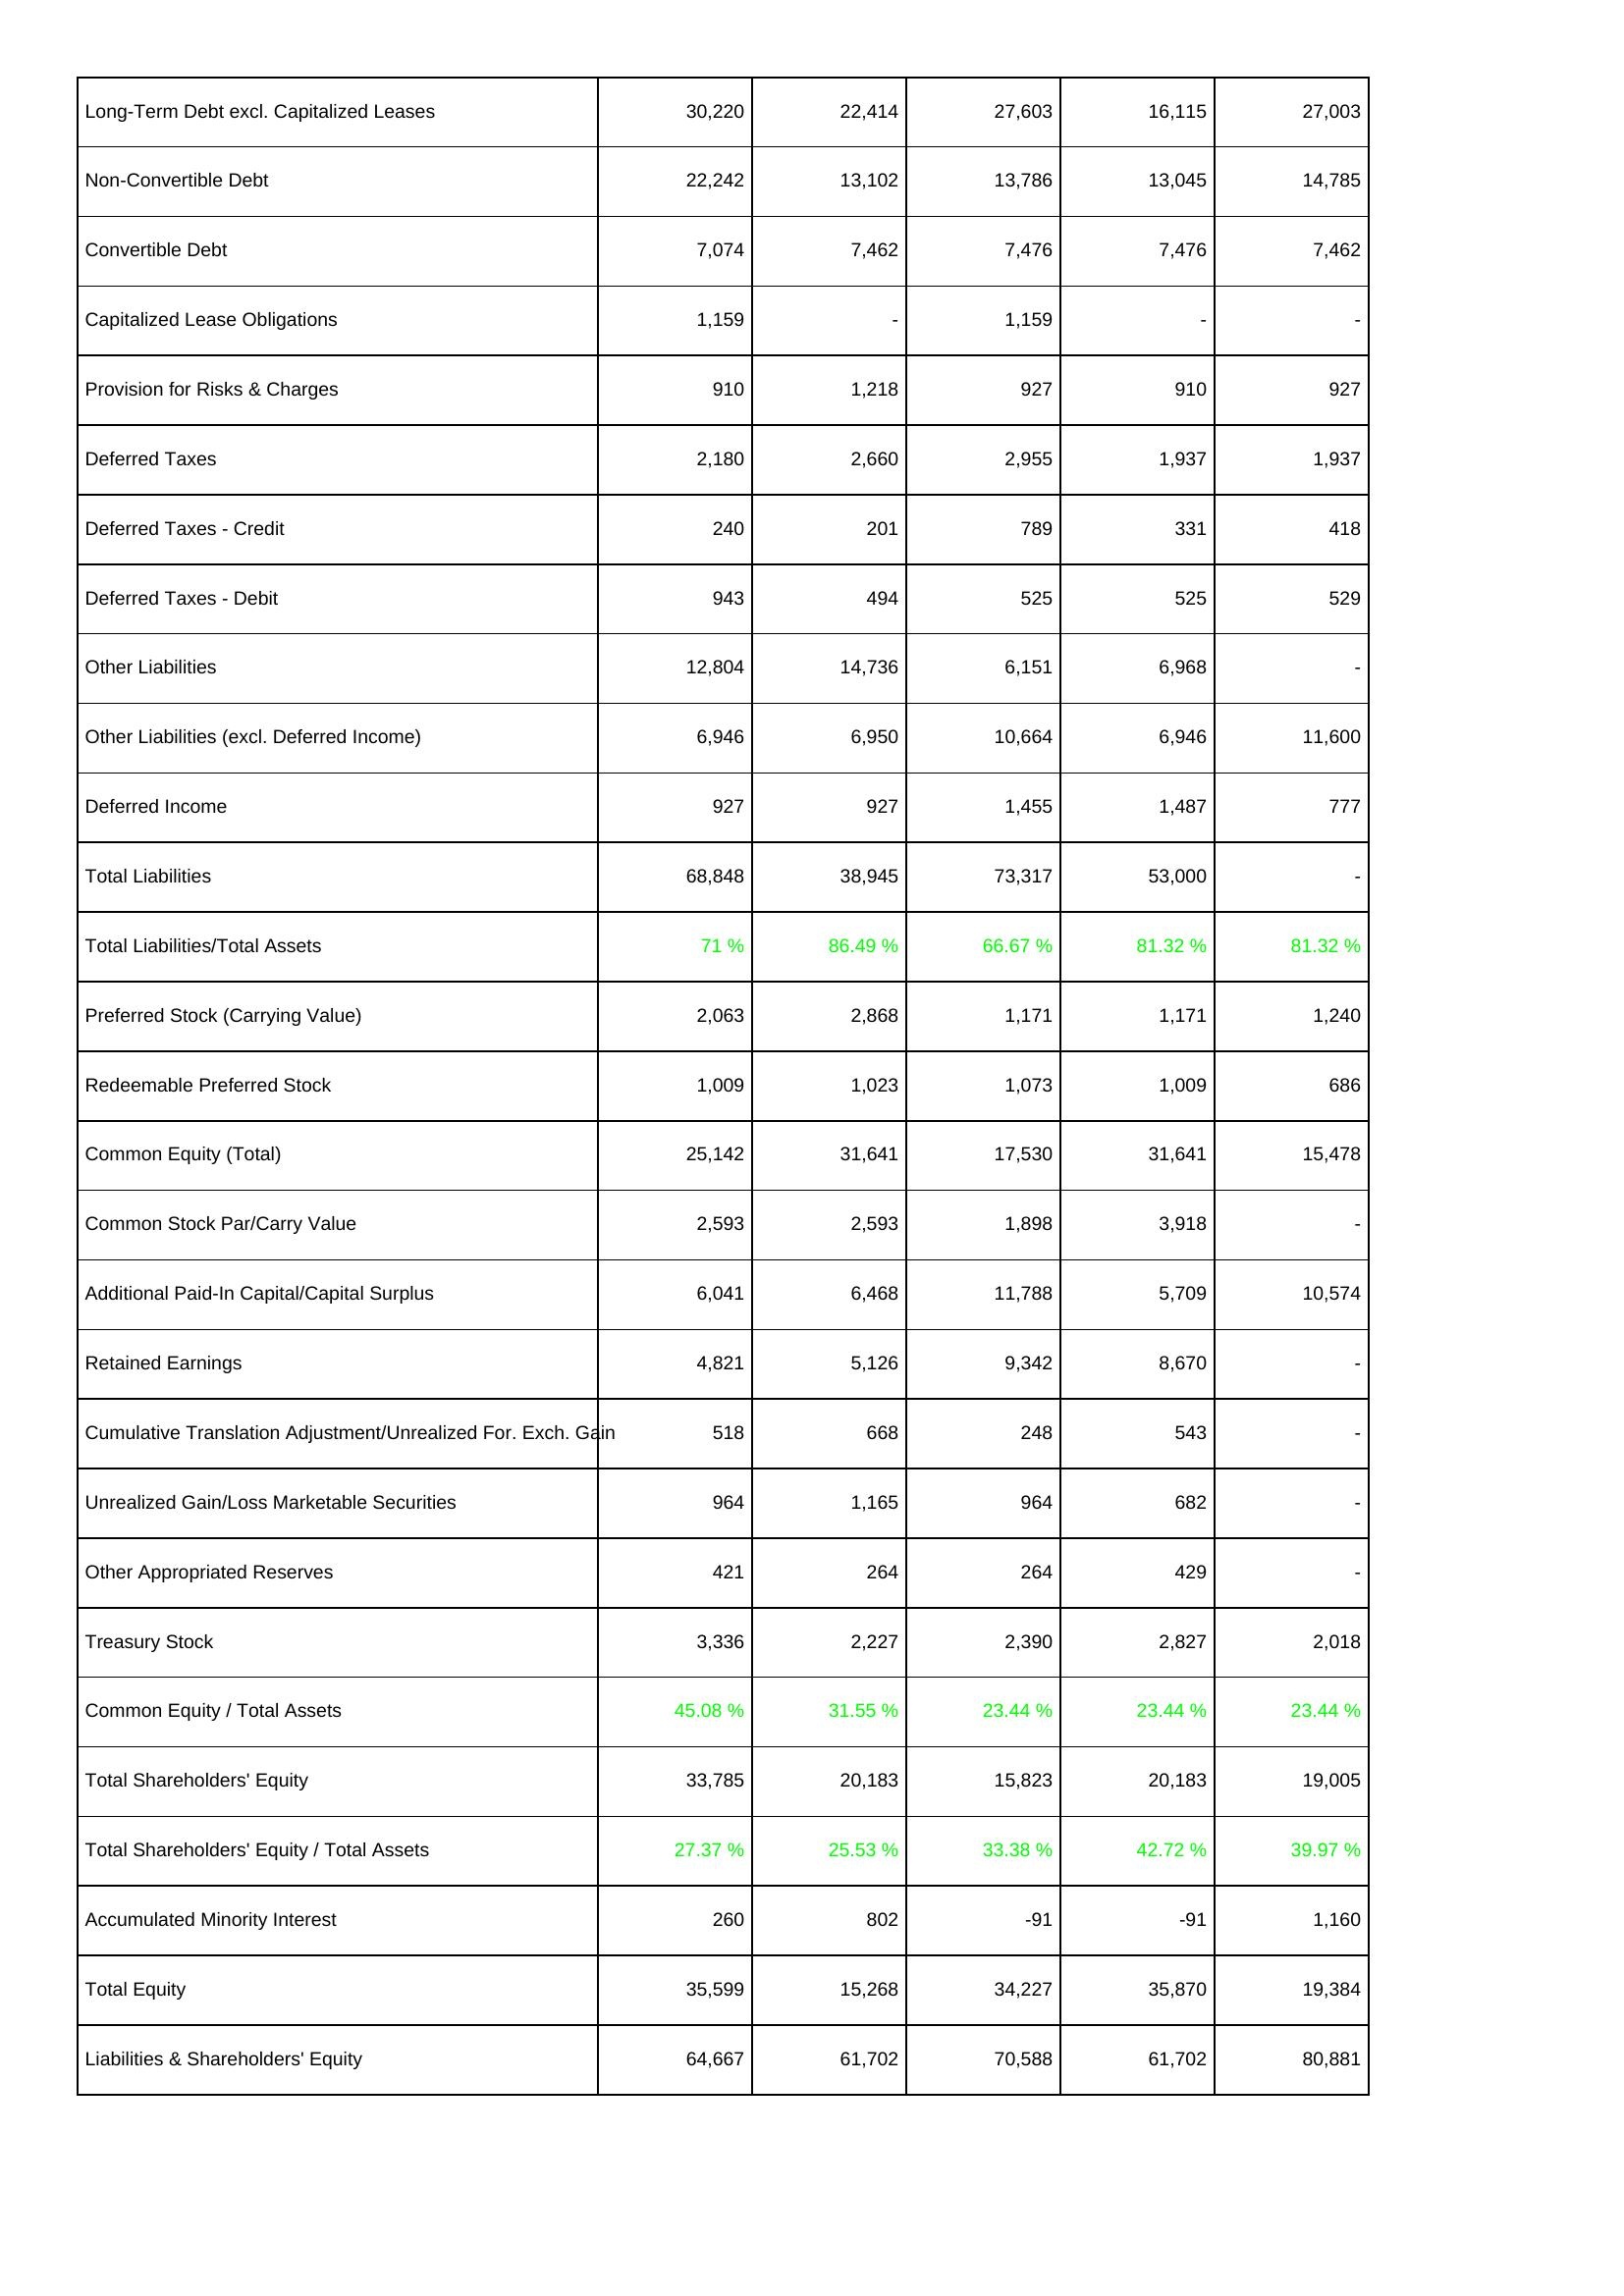
2025: Liabilities & Shareholders' Equity: Long-Term Debt excl. Capitalized Leases: 30,220
Non-Convertible Debt: 22,242
Convertible Debt: 7,074
Capitalized Lease Obligations: 1,159
Provision for Risks & Charges: 910
Deferred Taxes: 2,180
Deferred Taxes - Credit: 240
Deferred Taxes - Debit: 943
Other Liabilities: 12,804
Other Liabilities (excl. Deferred Income): 6,946
Deferred Income: 927
Total Liabilities: 68,848
Total Liabilities/Total Assets: 71 %
Preferred Stock (Carrying Value): 2,063
Redeemable Preferred Stock: 1,009
Common Equity (Total): 25,142
Common Stock Par/Carry Value: 2,593
Additional Paid-In Capital/Capital Surplus: 6,041
Retained Earnings: 4,821
Cumulative Translation Adjustment/Unrealized For. Exch. Gain: 518
Unrealized Gain/Loss Marketable Securities: 964
Other Appropriated Reserves: 421
Treasury Stock: 3,336
Common Equity / Total Assets: 45.08 %
Total Shareholders' Equity: 33,785
Total Shareholders' Equity / Total Assets: 27.37 %
Accumulated Minority Interest: 260
Total Equity: 35,599
Liabilities & Shareholders' Equity: 64,667
2024: Liabilities & Shareholders' Equity: Long-Term Debt excl. Capitalized Leases: 22,414
Non-Convertible Debt: 13,102
Convertible Debt: 7,462
Capitalized Lease Obligations: -
Provision for Risks & Charges: 1,218
Deferred Taxes: 2,660
Deferred Taxes - Credit: 201
Deferred Taxes - Debit: 494
Other Liabilities: 14,736
Other Liabilities (excl. Deferred Income): 6,950
Deferred Income: 927
Total Liabilities: 38,945
Total Liabilities/Total Assets: 86.49 %
Preferred Stock (Carrying Value): 2,868
Redeemable Preferred Stock: 1,023
Common Equity (Total): 31,641
Common Stock Par/Carry Value: 2,593
Additional Paid-In Capital/Capital Surplus: 6,468
Retained Earnings: 5,126
Cumulative Translation Adjustment/Unrealized For. Exch. Gain: 668
Unrealized Gain/Loss Marketable Securities: 1,165
Other Appropriated Reserves: 264
Treasury Stock: 2,227
Common Equity / Total Assets: 31.55 %
Total Shareholders' Equity: 20,183
Total Shareholders' Equity / Total Assets: 25.53 %
Accumulated Minority Interest: 802
Total Equity: 15,268
Liabilities & Shareholders' Equity: 61,702
2023: Liabilities & Shareholders' Equity: Long-Term Debt excl. Capitalized Leases: 27,603
Non-Convertible Debt: 13,786
Convertible Debt: 7,476
Capitalized Lease Obligations: 1,159
Provision for Risks & Charges: 927
Deferred Taxes: 2,955
Deferred Taxes - Credit: 789
Deferred Taxes - Debit: 525
Other Liabilities: 6,151
Other Liabilities (excl. Deferred Income): 10,664
Deferred Income: 1,455
Total Liabilities: 73,317
Total Liabilities/Total Assets: 66.67 %
Preferred Stock (Carrying Value): 1,171
Redeemable Preferred Stock: 1,073
Common Equity (Total): 17,530
Common Stock Par/Carry Value: 1,898
Additional Paid-In Capital/Capital Surplus: 11,788
Retained Earnings: 9,342
Cumulative Translation Adjustment/Unrealized For. Exch. Gain: 248
Unrealized Gain/Loss Marketable Securities: 964
Other Appropriated Reserves: 264
Treasury Stock: 2,390
Common Equity / Total Assets: 23.44 %
Total Shareholders' Equity: 15,823
Total Shareholders' Equity / Total Assets: 33.38 %
Accumulated Minority Interest: -91
Total Equity: 34,227
Liabilities & Shareholders' Equity: 70,588
2022: Liabilities & Shareholders' Equity: Long-Term Debt excl. Capitalized Leases: 16,115
Non-Convertible Debt: 13,045
Convertible Debt: 7,476
Capitalized Lease Obligations: -
Provision for Risks & Charges: 910
Deferred Taxes: 1,937
Deferred Taxes - Credit: 331
Deferred Taxes - Debit: 525
Other Liabilities: 6,968
Other Liabilities (excl. Deferred Income): 6,946
Deferred Income: 1,487
Total Liabilities: 53,000
Total Liabilities/Total Assets: 81.32 %
Preferred Stock (Carrying Value): 1,171
Redeemable Preferred Stock: 1,009
Common Equity (Total): 31,641
Common Stock Par/Carry Value: 3,918
Additional Paid-In Capital/Capital Surplus: 5,709
Retained Earnings: 8,670
Cumulative Translation Adjustment/Unrealized For. Exch. Gain: 543
Unrealized Gain/Loss Marketable Securities: 682
Other Appropriated Reserves: 429
Treasury Stock: 2,827
Common Equity / Total Assets: 23.44 %
Total Shareholders' Equity: 20,183
Total Shareholders' Equity / Total Assets: 42.72 %
Accumulated Minority Interest: -91
Total Equity: 35,870
Liabilities & Shareholders' Equity: 61,702
2021: Liabilities & Shareholders' Equity: Long-Term Debt excl. Capitalized Leases: 27,003
Non-Convertible Debt: 14,785
Convertible Debt: 7,462
Capitalized Lease Obligations: -
Provision for Risks & Charges: 927
Deferred Taxes: 1,937
Deferred Taxes - Credit: 418
Deferred Taxes - Debit: 529
Other Liabilities: -
Other Liabilities (excl. Deferred Income): 11,600
Deferred Income: 777
Total Liabilities: -
Total Liabilities/Total Assets: 81.32 %
Preferred Stock (Carrying Value): 1,240
Redeemable Preferred Stock: 686
Common Equity (Total): 15,478
Common Stock Par/Carry Value: -
Additional Paid-In Capital/Capital Surplus: 10,574
Retained Earnings: -
Cumulative Translation Adjustment/Unrealized For. Exch. Gain: -
Unrealized Gain/Loss Marketable Securities: -
Other Appropriated Reserves: -
Treasury Stock: 2,018
Common Equity / Total Assets: 23.44 %
Total Shareholders' Equity: 19,005
Total Shareholders' Equity / Total Assets: 39.97 %
Accumulated Minority Interest: 1,160
Total Equity: 19,384
Liabilities & Shareholders' Equity: 80,881